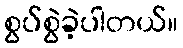
စွပ်စွဲခဲ့ပါတယ်။